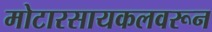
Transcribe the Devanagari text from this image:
मोटारसायकलवरून